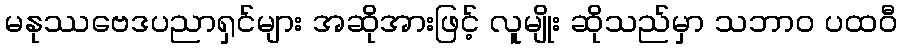
မနုဿဗေဒပညာရှင်များ အဆိုအားဖြင့် လူမျိုး ဆိုသည်မှာ သဘာဝ ပထဝီ